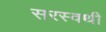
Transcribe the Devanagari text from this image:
सरस्वथी